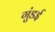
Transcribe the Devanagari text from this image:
गुंडई